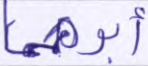
أبوهما